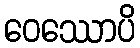
ဝေဿောပိ